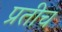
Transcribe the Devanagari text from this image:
प्रतीच